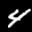
Label: 4